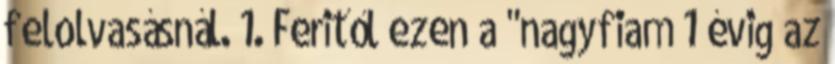
felolvasásnál. 1. Feritől ezen a "nagyfiam 1 évig az